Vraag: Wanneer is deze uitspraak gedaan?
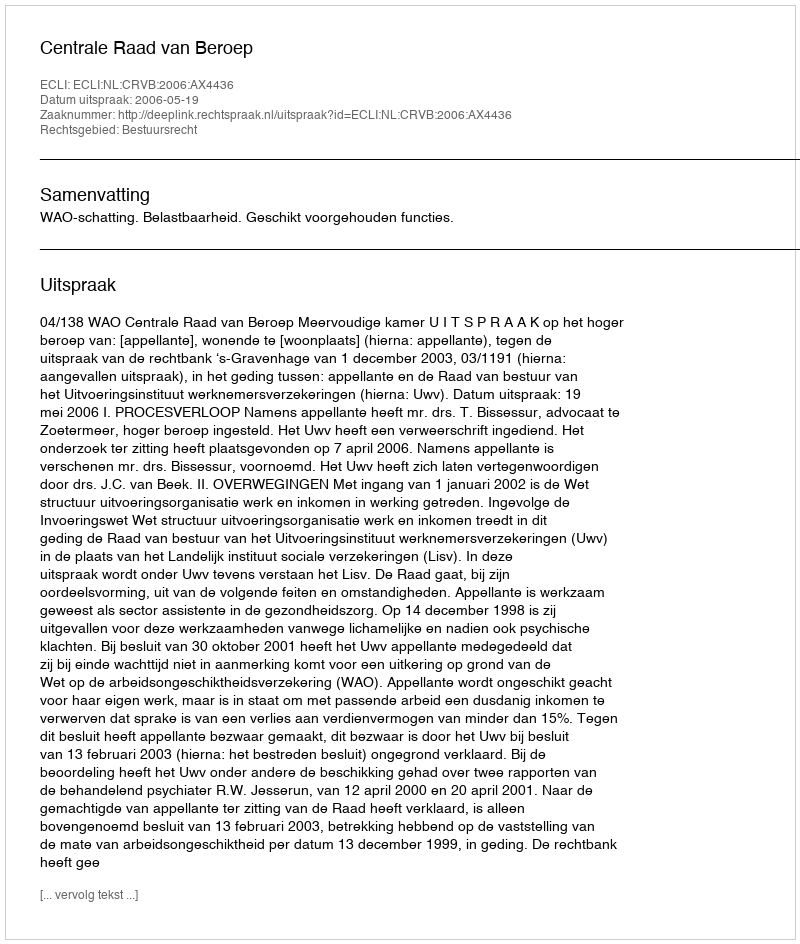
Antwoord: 2006-05-19